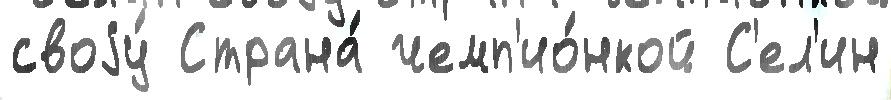
своjу́ Страна́ чемп'ио́нкой С'ел'ин